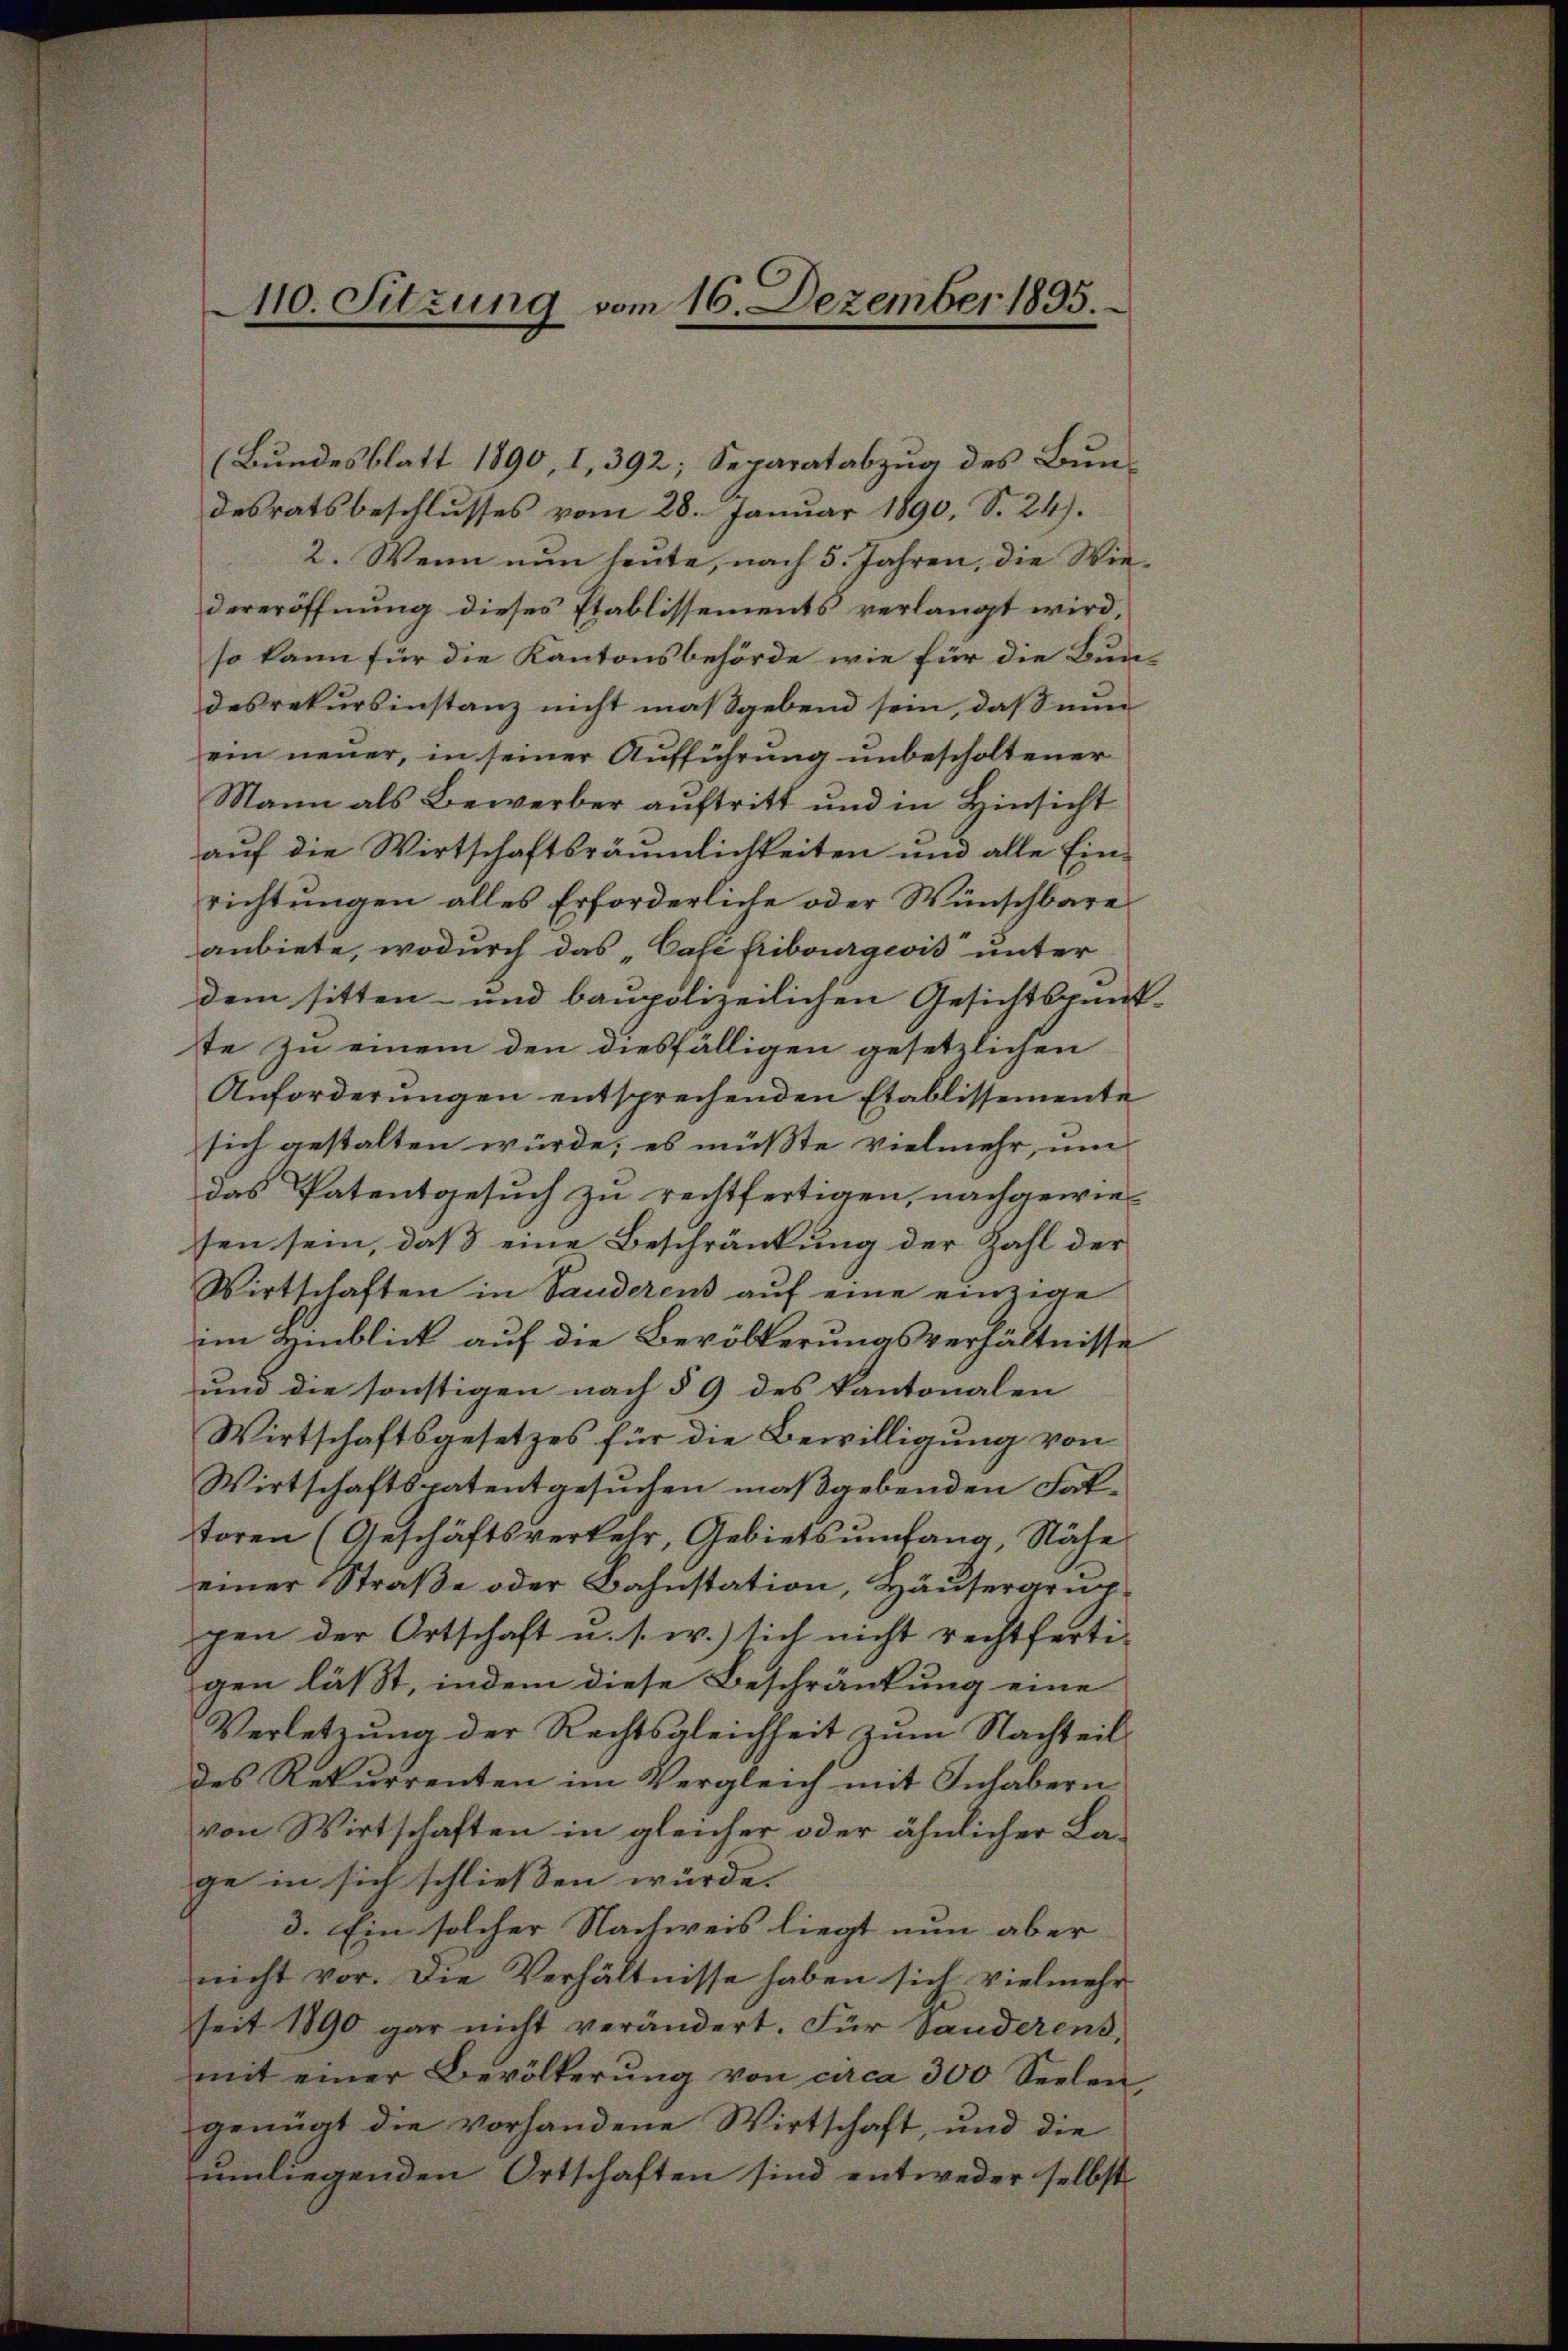
110. Sitzung vom 16. Dezember 1895.

(Bundesblatt 1890, 1, 392; Separatabzug des Bundesratsbeschlusses vom 28. Januar 1890, S. 24.
2. Wenn nun heute, nach 5. Jahren, die Wiedereröffnung dieses Etablissements verlangt wird,
so kann für die Kantonsbehörde wie für die Bundes rekursinstanz nicht maßgebend sein, daß nun
ein neuer, in seiner Aufführung unbescholtener
Mann als Bewerber auftritt und in Hinsicht
auf die Wirtschaftsräumlichkeiten und alle Einrichtungen alles Erforderliche oder Wünschbare
anbiete, wodurch das „Café fribourgeois unter
dem sitten- und baupolizeilichen Gesichtspunst-
te zu einem den diesfälligen gesetzlichen
Anforderungen entsprechenden Etablissemente
sich gestalten würde, es müßte vielmehr, um
das Patentgesuch zu rechtfertigen, nachgewie-
sen sein, daß eine Beschränkung der Zahl der
Wirtschaften in Sanderens auf eine einzige
im Hinblick auf die Bevölkerungsverhältnisse
und die sonstigen nach § 9 des Kantonalen
Wirtschaftsgesetzes für die Bewilligung von
Wirtschaftspatentgesuchen maßgebenden Fattoren (Geschäftsverkehr, Gebietsumfang, Nähe
einer Straße oder Bahnstation, Häusergrup
gen der Ortschaft u. s. w.) sich nicht rechtfertigen läßt, indem diese Beschränkung eine
Verletzung der Rechtsgleichheit zum Nachteil
des Rekurrenten im Vergleich mit Inhabern
von Wirtschaften in gleicher oder ähnlicher La-
ge in sich schließen würde.
3. Ein solcher Nachweis liegt nun aber
nicht vor. Die Verhältnisse haben sich vielmehr
seit 1890 gar nicht verändert. Für Sanderens,
mit einer Bevölkerŭng von circa 300 Seelen,
geniat die vorhandene Wirtschaft, und die
ŭmliegenden Ortschaften sind entweder selbst